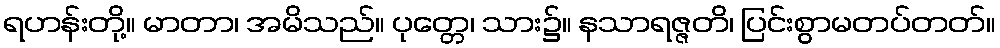
ရဟန်းတို့။ မာတာ၊ အမိသည်။ ပုတ္တေ၊ သား၌။ နသာရဇ္ဇတိ၊ ပြင်းစွာမတပ်တတ်။